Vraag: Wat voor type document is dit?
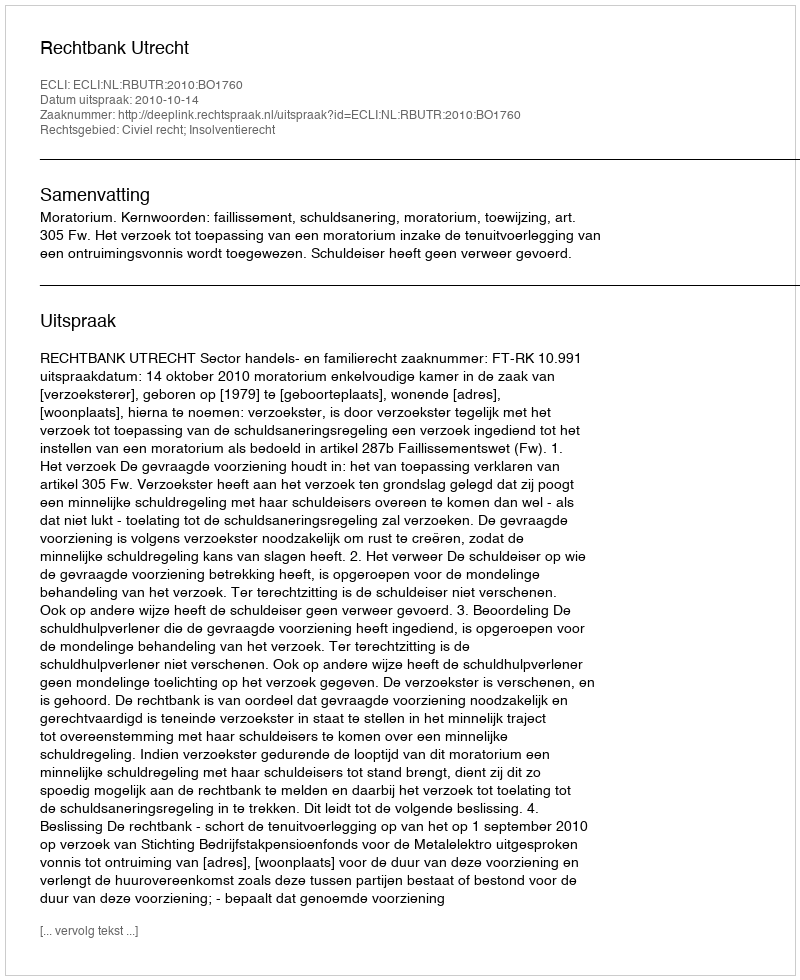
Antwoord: Uitspraak